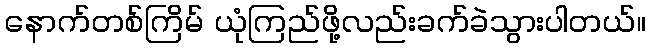
နောက်တစ်ကြိမ် ယုံကြည်ဖို့လည်းခက်ခဲသွားပါတယ်။